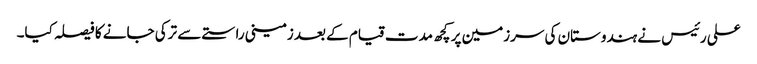
علی رئیس نے ہندوستان کی سرزمین پر کچھ مدت قیام کے بعد زمینی راستے سے ترکی جانے کا فیصلہ کیا۔